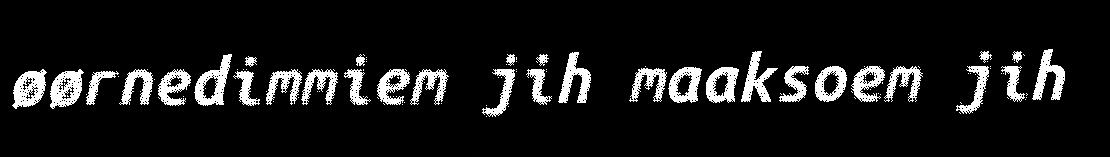
øørnedimmiem jih maaksoem jih